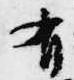
有